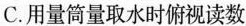
C.用量筒量取水时俯视读数